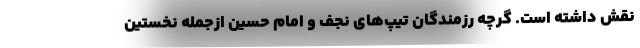
نقش داشته است. گرچه رزمندگان تیپ‌های نجف و امام حسین ازجمله نخستین